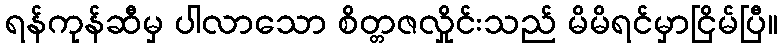
ရန်ကုန်ဆီမှ ပါလာသော စိတ္တဇလှိုင်းသည် မိမိရင်မှာငြိမ်ပြီ။